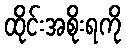
ထိုင်းအစိုးရကို